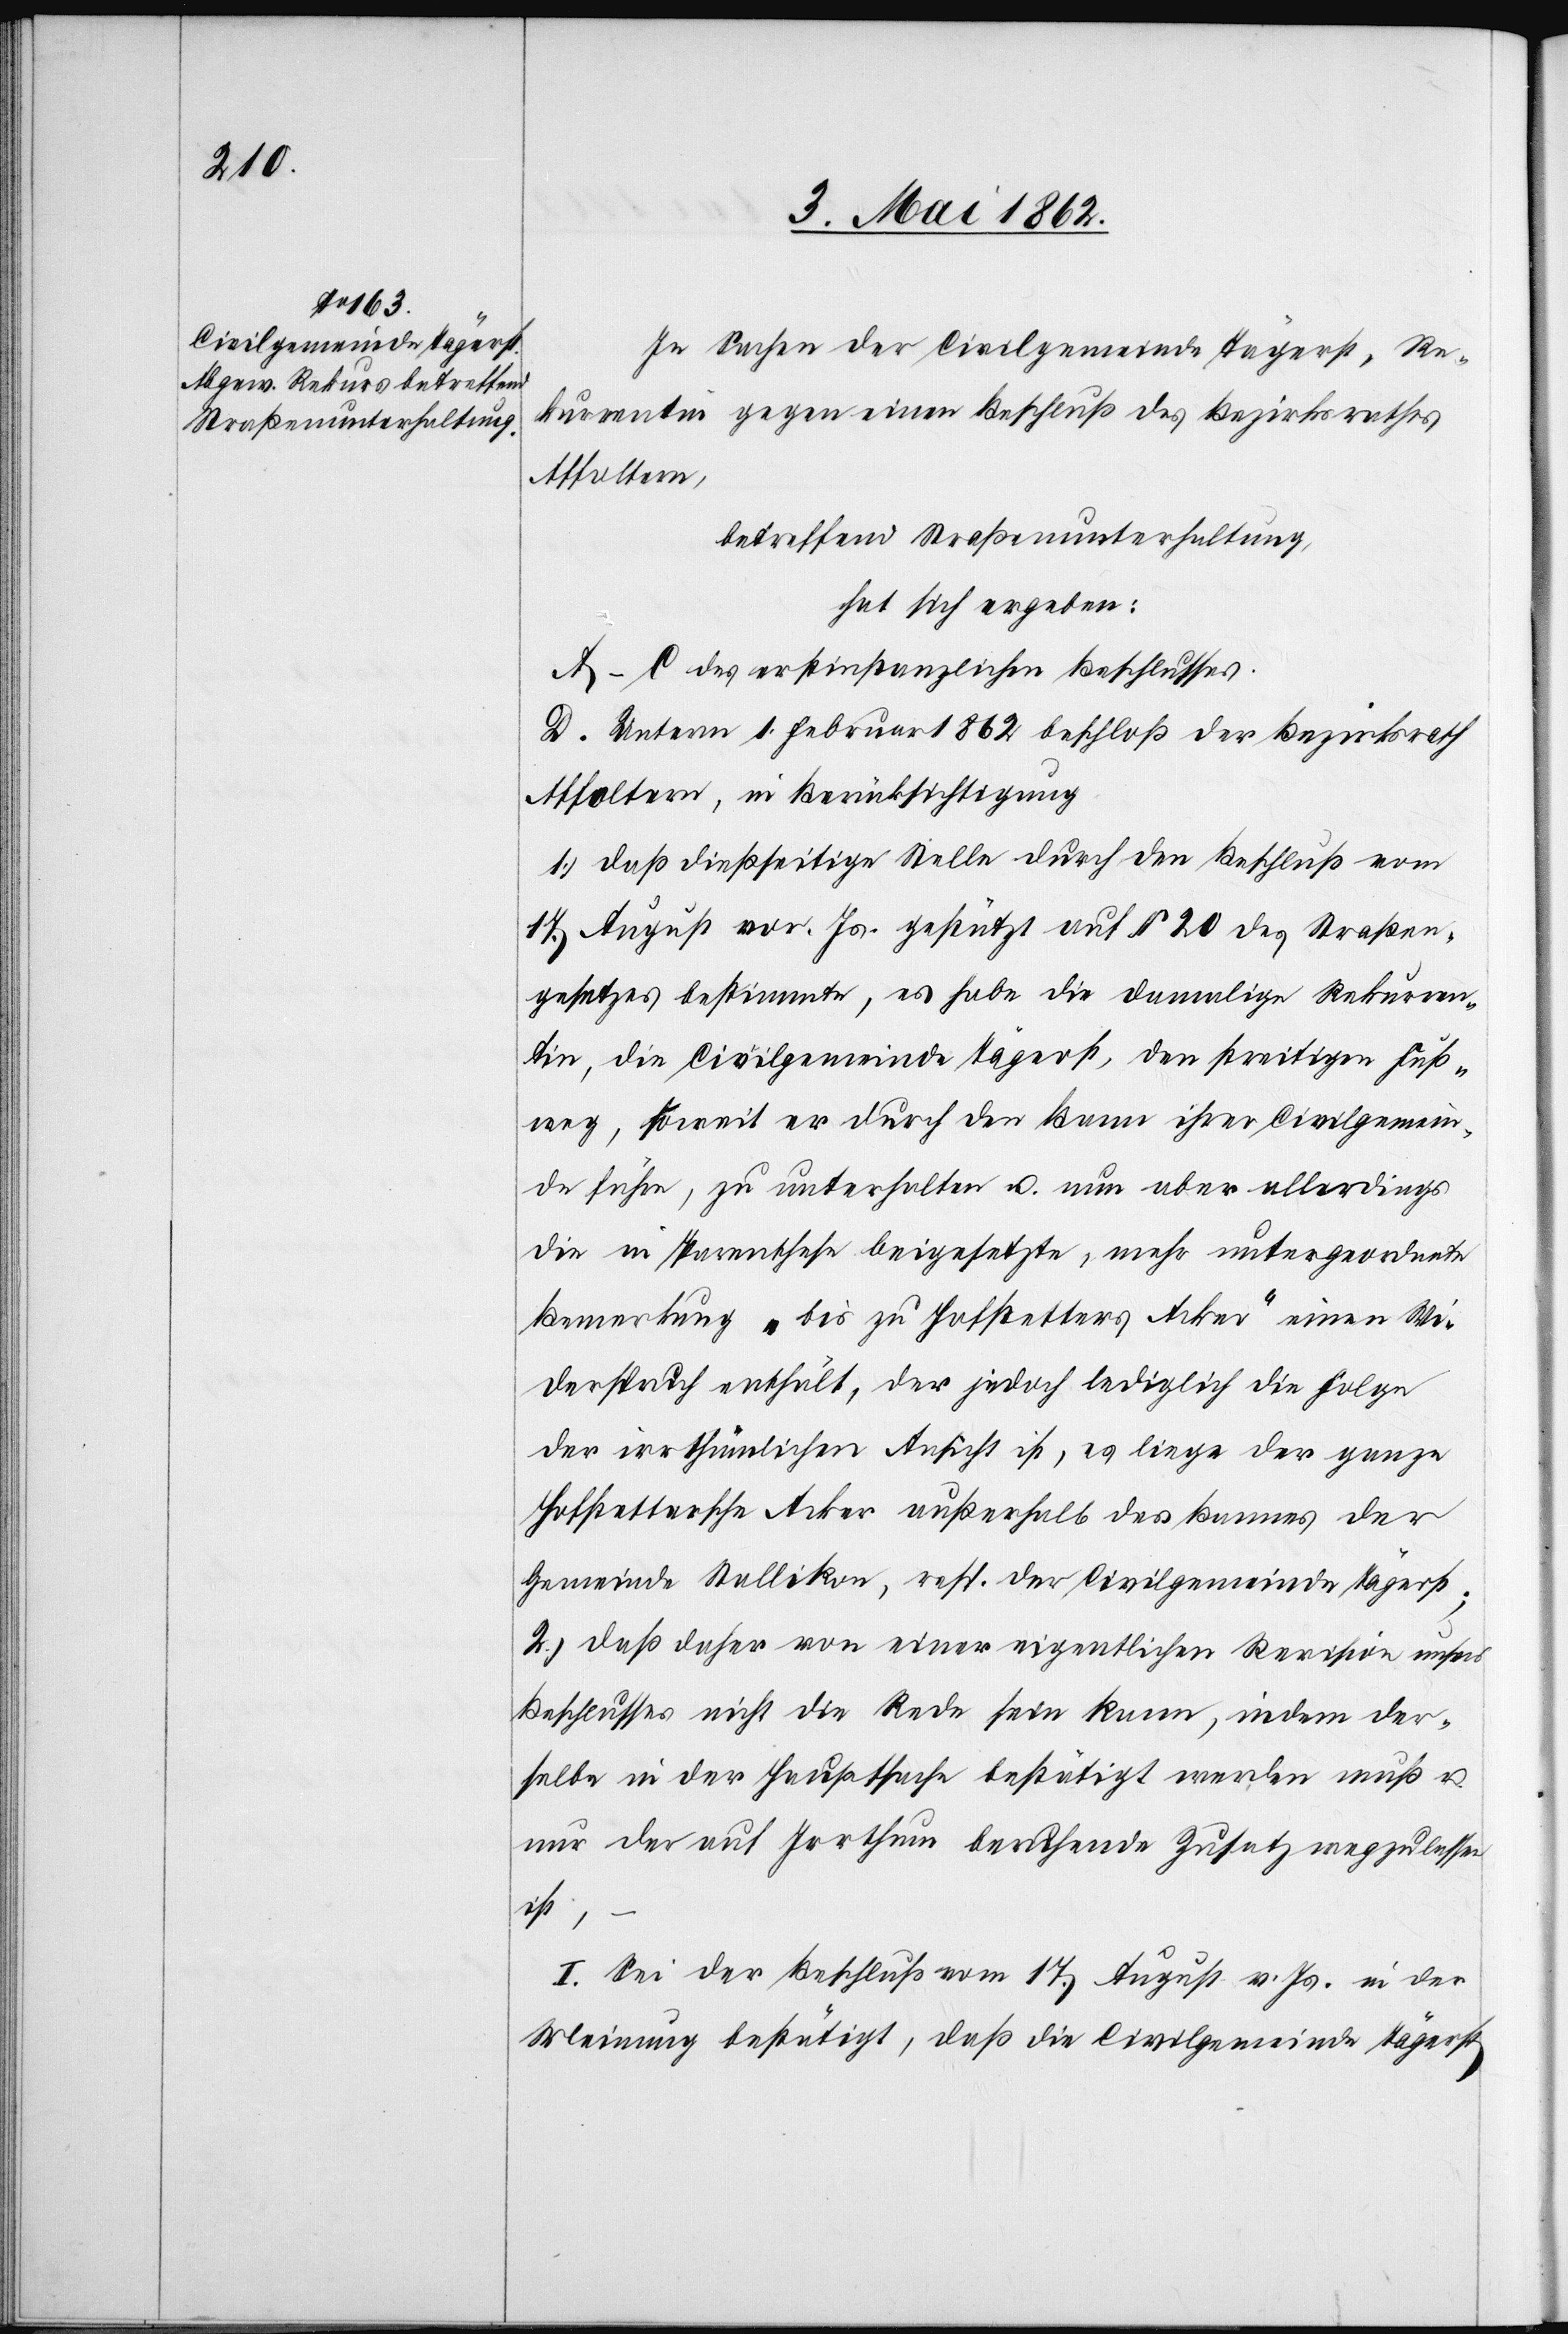
In Sachen der Civilgemeinde Tägerst, Re¬
kurrentin gegen einen Beschluß des Bezirksrathes
Affoltern,
betreffend Straßenuntersuchung
hat sich ergeben:
A–C. des erstinstanzlichen Beschlusses.
D. Unterm 1. Februar 1862 beschloß der Bezirksrath
Affoltern, in Berücksichtigung
1) daß dießseitige Stelle durch den Beschluß vom
17. August vor. Js. gestützt auf § 20 des Straßen¬
gesetzes bestimmte, es habe die damalige Rekurren¬
tin, die Civilgemeinde Tägerst, den streitigen Fuß¬
weg, soweit er durch den Bann ihrer Civilgemein¬
de führe, zu unterhalten u. nun aber allerdings
die in [P?]arenthese beigesetzte, mehr untergeordnete
Bemerkung „bis zu Hofstetters Acker“ einen Wi¬
derspruch enthält, der jedoch lediglich die Folge
der irrthümlichen Ansicht ist, es liege der ganze
Hofstettersche Acker außerhalb des Bannes der
Gemeinde Stallikon, resp. der Civilgemeinde Tägerst;
2) daß daher von einer eigentlichen Revision unsers
Beschlusses nicht die Rede sein kann, indem der¬
selbe in der Hauptsache bestätigt werden muß u.
nur der auf Irrthum beruhende Zusatz wegzulassen
ist,
I. Sei der Beschluß vom 17. August v. Js. in der
Meinung bestätigt, daß die Civilgemeinde Tägerst